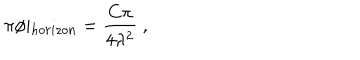
LaTeX: \pi \phi \vert _ { h o r i z o n } = \frac { C \pi } { 4 \lambda ^ { 2 } } \ ,